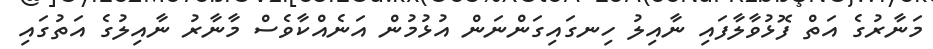
މަނާރުގެ އަތް ފޮޅުވާލާފައި ނާއިލު ހިނގައިގަންނަން އުޅުމުން އަނެއްކާވެސް މާނާރު ނާއިލުގެ އަތުގައި